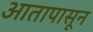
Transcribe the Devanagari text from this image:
आतापासून